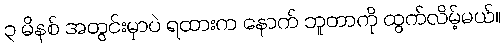
၃ မိနစ် အတွင်းမှာပဲ ရထားက နောက် ဘူတာကို ထွက်လိမ့်မယ်။